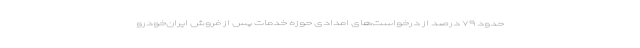
حدود ۷۹ درصد از درخواست‌های امدادی حوزه خدمات پس از فروش ایران‌خودرو